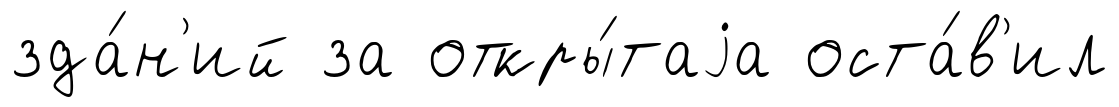
зда́н'ий за откры́таjа оста́в'ил